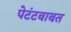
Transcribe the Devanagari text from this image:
पेटंटबाबत